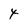
Character: 4